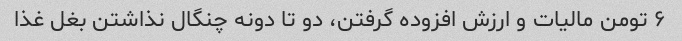
۶ تومن مالیات و ارزش افزوده گرفتن، دو تا دونه چنگال نذاشتن بغل غذا